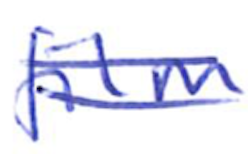
Text: film
Cross-out: double-line
Writing tool: ballpoint